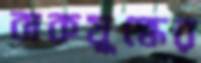
বাকযুদ্ধের